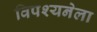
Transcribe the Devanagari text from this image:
विपश्यनेला